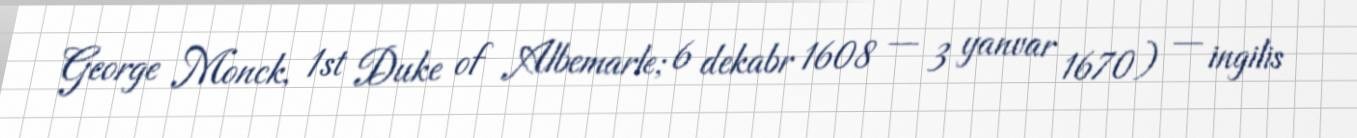
George Monck, 1st Duke of Albemarle; 6 dekabr 1608 — 3 yanvar 1670) — ingilis